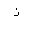
Letter: _thal